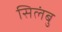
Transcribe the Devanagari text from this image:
सिलंबु